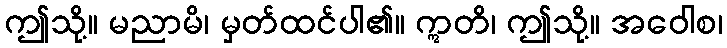
ဤသို့။ မညာမိ၊ မှတ်ထင်ပါ၏။ ဣတိ၊ ဤသို့။ အဝေါစ၊